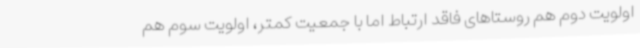
اولویت دوم هم روستاهای فاقد ارتباط اما با جمعیت کمتر، اولویت سوم هم